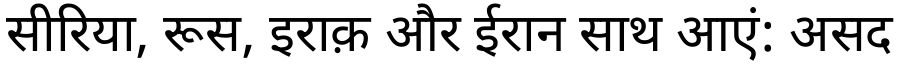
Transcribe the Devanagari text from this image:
सीरिया, रूस, इराक़ और ईरान साथ आएं: असद